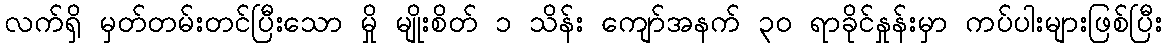
လက်ရှိ မှတ်တမ်းတင်ပြီးသော မှို မျိုးစိတ် ၁ သိန်း ကျော်အနက် ၃၀ ရာခိုင်နှုန်းမှာ ကပ်ပါးများဖြစ်ပြီး